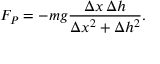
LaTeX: F _ { P } = - m g { \frac { \Delta x \, \Delta h } { \Delta x ^ { 2 } + \Delta h ^ { 2 } } } .